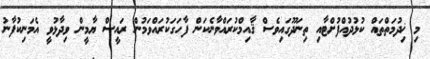
މި ޚިދުމަތްތައް ކުޅުދުއްފުށްޓާއި ތިނަދޫގައިވެސް ޤާއިމްކުރައްވާނެކަން ފާހަގަކުރައްވަމުން ރައީސް ޔާމީން ވިދާޅުވީ އެމަނިކުފާނު